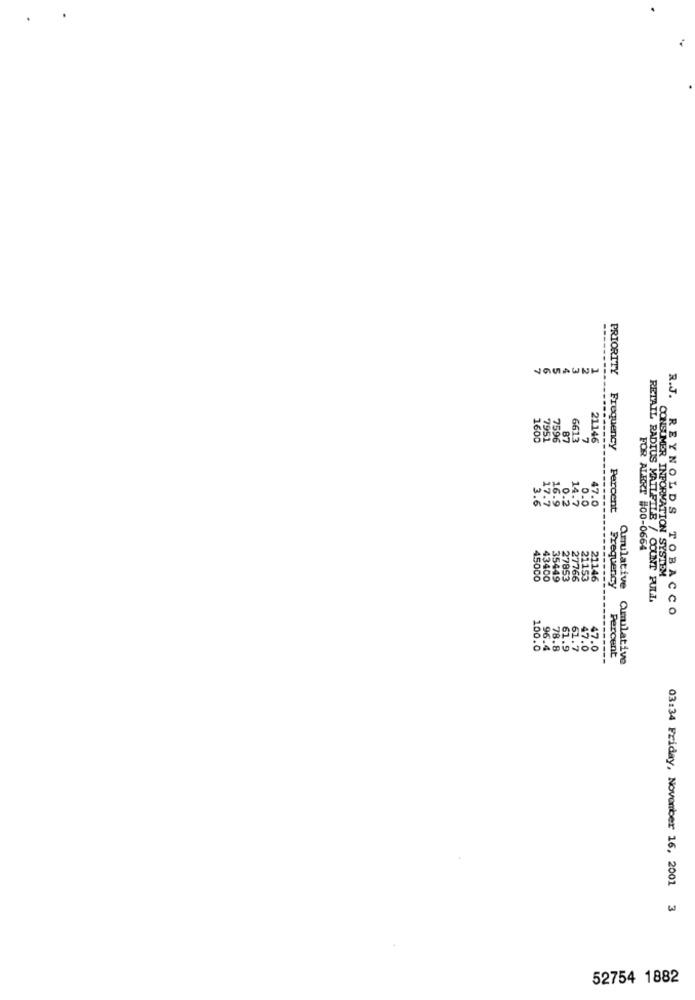
-------
7
PRIORITY
R.J.
1600
7951
7596
87
6613
7
21146
Frequency
17.
16.9
3.6
0.2
47.0
Percent
REYNOLDS
FOR ALERT #00-0664
45000
43400
35449
27853
27766
21153
21146
Frequency
CONSUMER INFORMATION SYSTEM
amulative
RETAIL RADIUS MAILFILE / COUNT PULL,
TOBACCO
61
100.0
96.4
78.8
61.9
1.7
47.0
47.0
Percent
---------
Qmulative
03:34 Friday, November 16, 2001 3
52754 1882